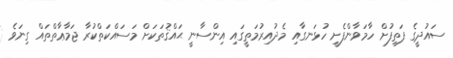
ސައުދީގެ ފަތިފުށް ހާމަވާންފެށީ ހުޅަނގާއި މެދުއިރުމަތީގައި އިންސާނީ ޙައްޤުތަކަށް މަސައްކަތްކުރާ ޖަމާޢާތްތައް ގިނަވެ